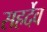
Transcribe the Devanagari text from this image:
सहर्देव